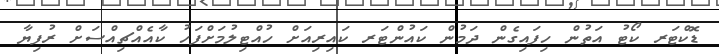
ޑޮކްޓަރ ކޯޓު އަތުން ހިފައިގެން ދަމުން ކައުންޓަރ ކައިރިއަށް ހުއްޓިލުމަށްފަހު ކާއެއްޗިއްސަށް ރުފިޔާ